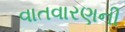
વાતવારણની